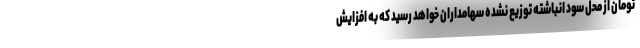
تومان از محل سود انباشته توزیع نشده سهامداران خواهد رسید که به افزایش